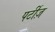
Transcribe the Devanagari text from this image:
पर्टीज़